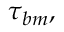
\tau _ { b m } ,